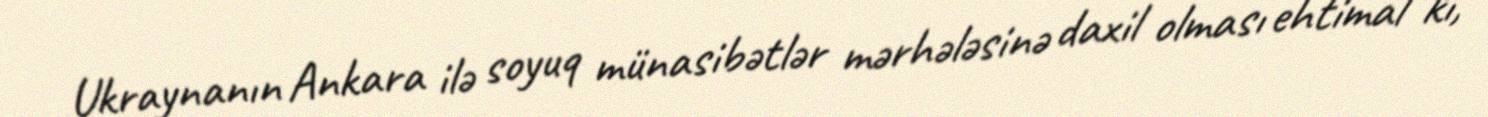
Ukraynanın Ankara ilə soyuq münasibətlər mərhələsinə daxil olması ehtimal ki,